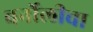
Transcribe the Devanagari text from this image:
बर्नोलीचा